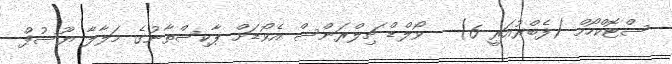
ސްޓޮކްހޯމް (ފެބްރުއަރީ 6) - ވޯލްޑް ޗިލްރަންސް އެވޯޑަށް ޕާކިސްތާނުގެ މަލާލާ ޔޫސުފް